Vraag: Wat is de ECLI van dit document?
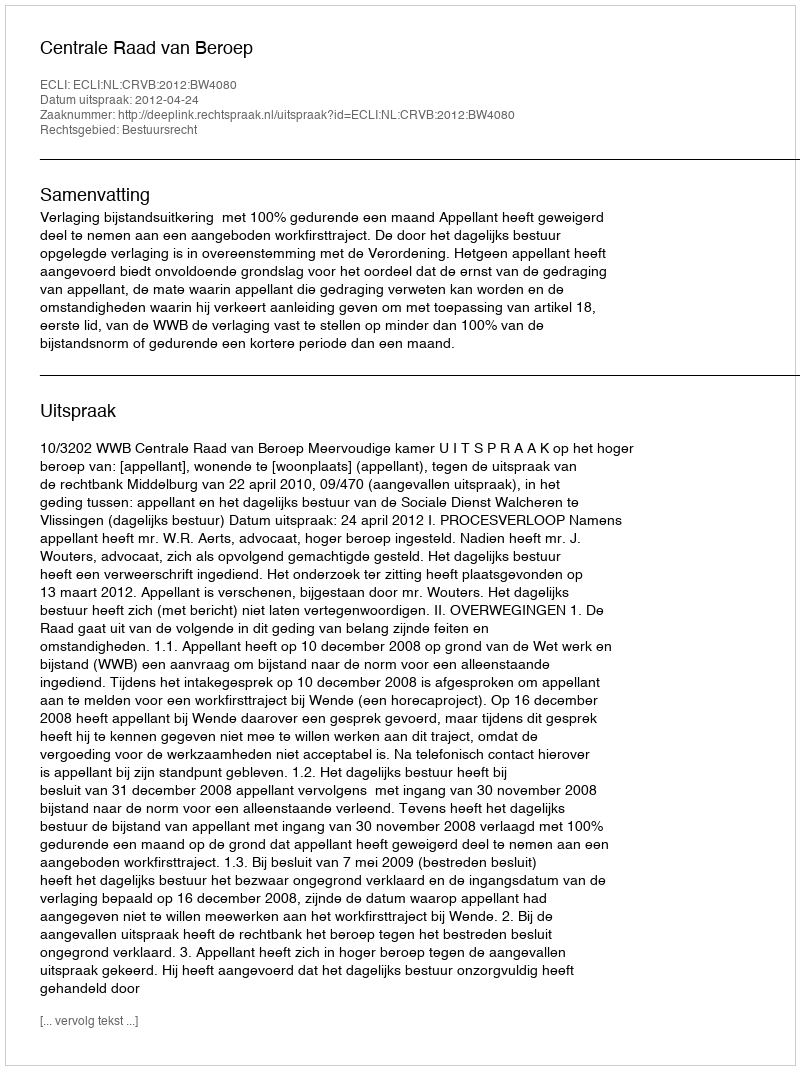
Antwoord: ECLI:NL:CRVB:2012:BW4080